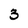
Character: 3